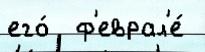
его́  ф'еврал'е́